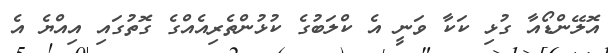
އޮލޭންޑޯއާ ގުޅި ކަކާ ވަނީ އެ ކްލަބުގެ ކުޅުންތެރިއެއްގެ ގޮތުގައި އިއްޔެ އެ